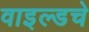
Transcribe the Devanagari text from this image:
वाइल्डचे